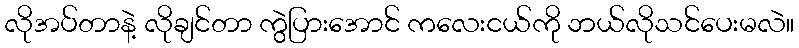
လိုအပ်တာနဲ့ လိုချင်တာ ကွဲပြားအောင် ကလေးငယ်ကို ဘယ်လိုသင်ပေးမလဲ။